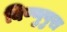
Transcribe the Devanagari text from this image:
बिष्णुपुरा